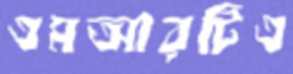
এমআরটিএ